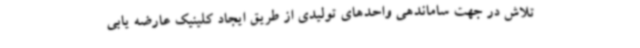
تلاش در جهت ساماندهی واحدهای تولیدی از طریق ایجاد کلینیک عارضه یابی